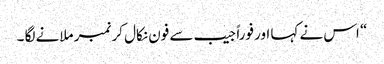
“ اس نے کہا اور فوراً جیب سے فون نکال کر نمبر ملانے لگا ۔